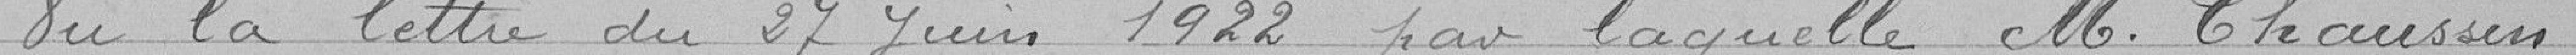
Vu la lettre du 27 juin 1922 par laquelle M. Chaussin,